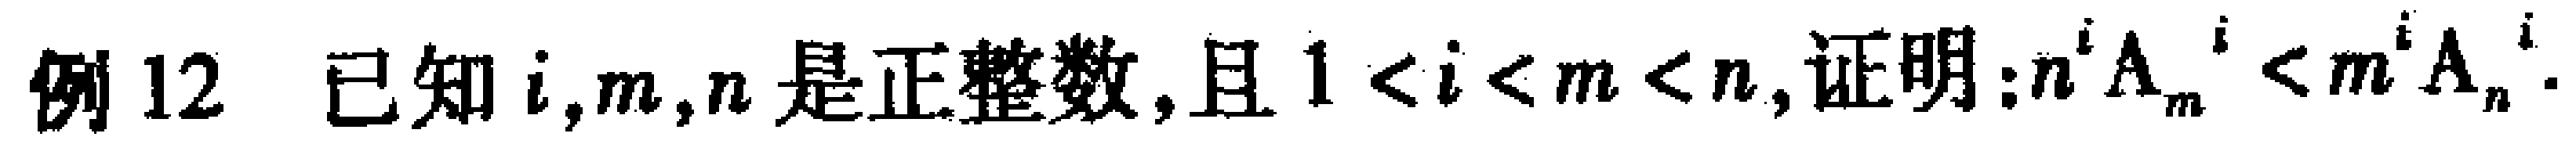
例12 已知\(i,m,n\)是正整数,且\(1 < i < m < n\),证明:\(n^{i}A_{m}^{i}<m^{i}A_{n}^{i}\).